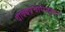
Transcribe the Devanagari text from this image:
वाक्यप्रचारानुसार